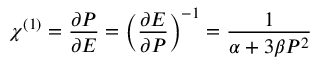
\chi ^ { ( 1 ) } = \frac { \partial P } { \partial E } = \left( \frac { \partial E } { \partial P } \right) ^ { - 1 } = \frac { 1 } { \alpha + 3 \beta P ^ { 2 } }